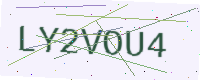
Text: LY2VOU4